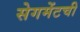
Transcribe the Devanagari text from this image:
सेगमेंटची